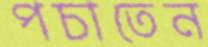
পচাতেন